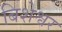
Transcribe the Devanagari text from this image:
बिशेश्वर